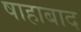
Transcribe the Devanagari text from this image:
षाहाबाद